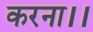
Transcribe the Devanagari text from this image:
करना।।